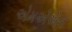
એમએએન